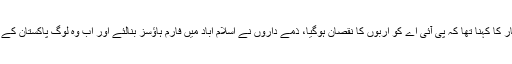
چیف جسٹس ثاقب نثار کا کہنا تھا کہ پی آئی اے کو اربوں کا نقصان ہوگیا، ذمے داروں نے اسلام آباد میں فارم ہاؤسز بنالئے اور اب وہ لوگ پاکستان کے امیر تر ین لوگ ہیں۔